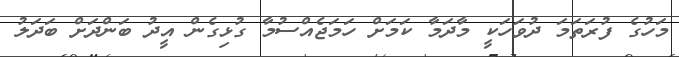
މަހުގެ ފުރަތަމަ ދުވަހަކީ މާދަމާ ކަމަށް ހަމަޖެއްސުމާ ގުޅިގެން އީދު ބަންދަށް ބަދަލު